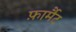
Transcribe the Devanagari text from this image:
फ़ार्मैट